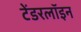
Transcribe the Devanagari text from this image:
टेंडरलॉइन